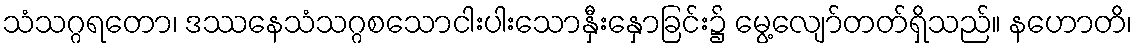
သံသဂ္ဂရတော၊ ဒဿနေသံသဂ္ဂစသောငါးပါးသောနှီးနှောခြင်း၌ မွေ့လျော်တတ်ရှိသည်။ နဟောတိ၊